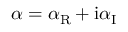
\alpha = \alpha _ { \mathrm { R } } + \mathrm { i } \alpha _ { \mathrm { I } }